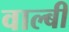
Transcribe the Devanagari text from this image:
वाल्बी